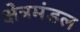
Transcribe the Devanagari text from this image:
क्षेत्रमंडल